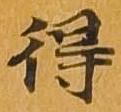
得